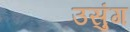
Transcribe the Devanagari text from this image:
उसुंग